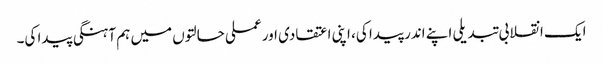
ایک انقلابی تبدیلی اپنے اندر پیدا کی، اپنی اعتقادی اور عملی حالتوں میں ہم آہنگی پیدا کی۔